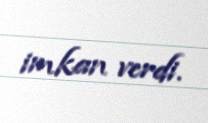
imkan verdi.